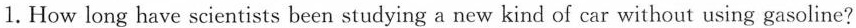
1. How long have scientists been studying a new kind of car without using gasoline?